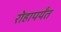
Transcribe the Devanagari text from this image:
रोहापर्यंत